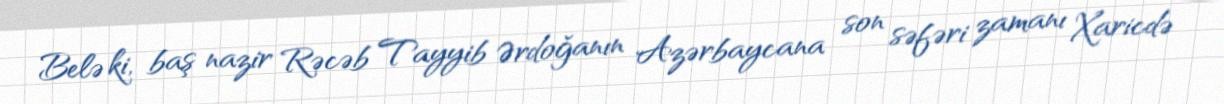
Belə ki, baş nazir Rəcəb Tayyib Ərdoğanın Azərbaycana son səfəri zamanı Xaricdə